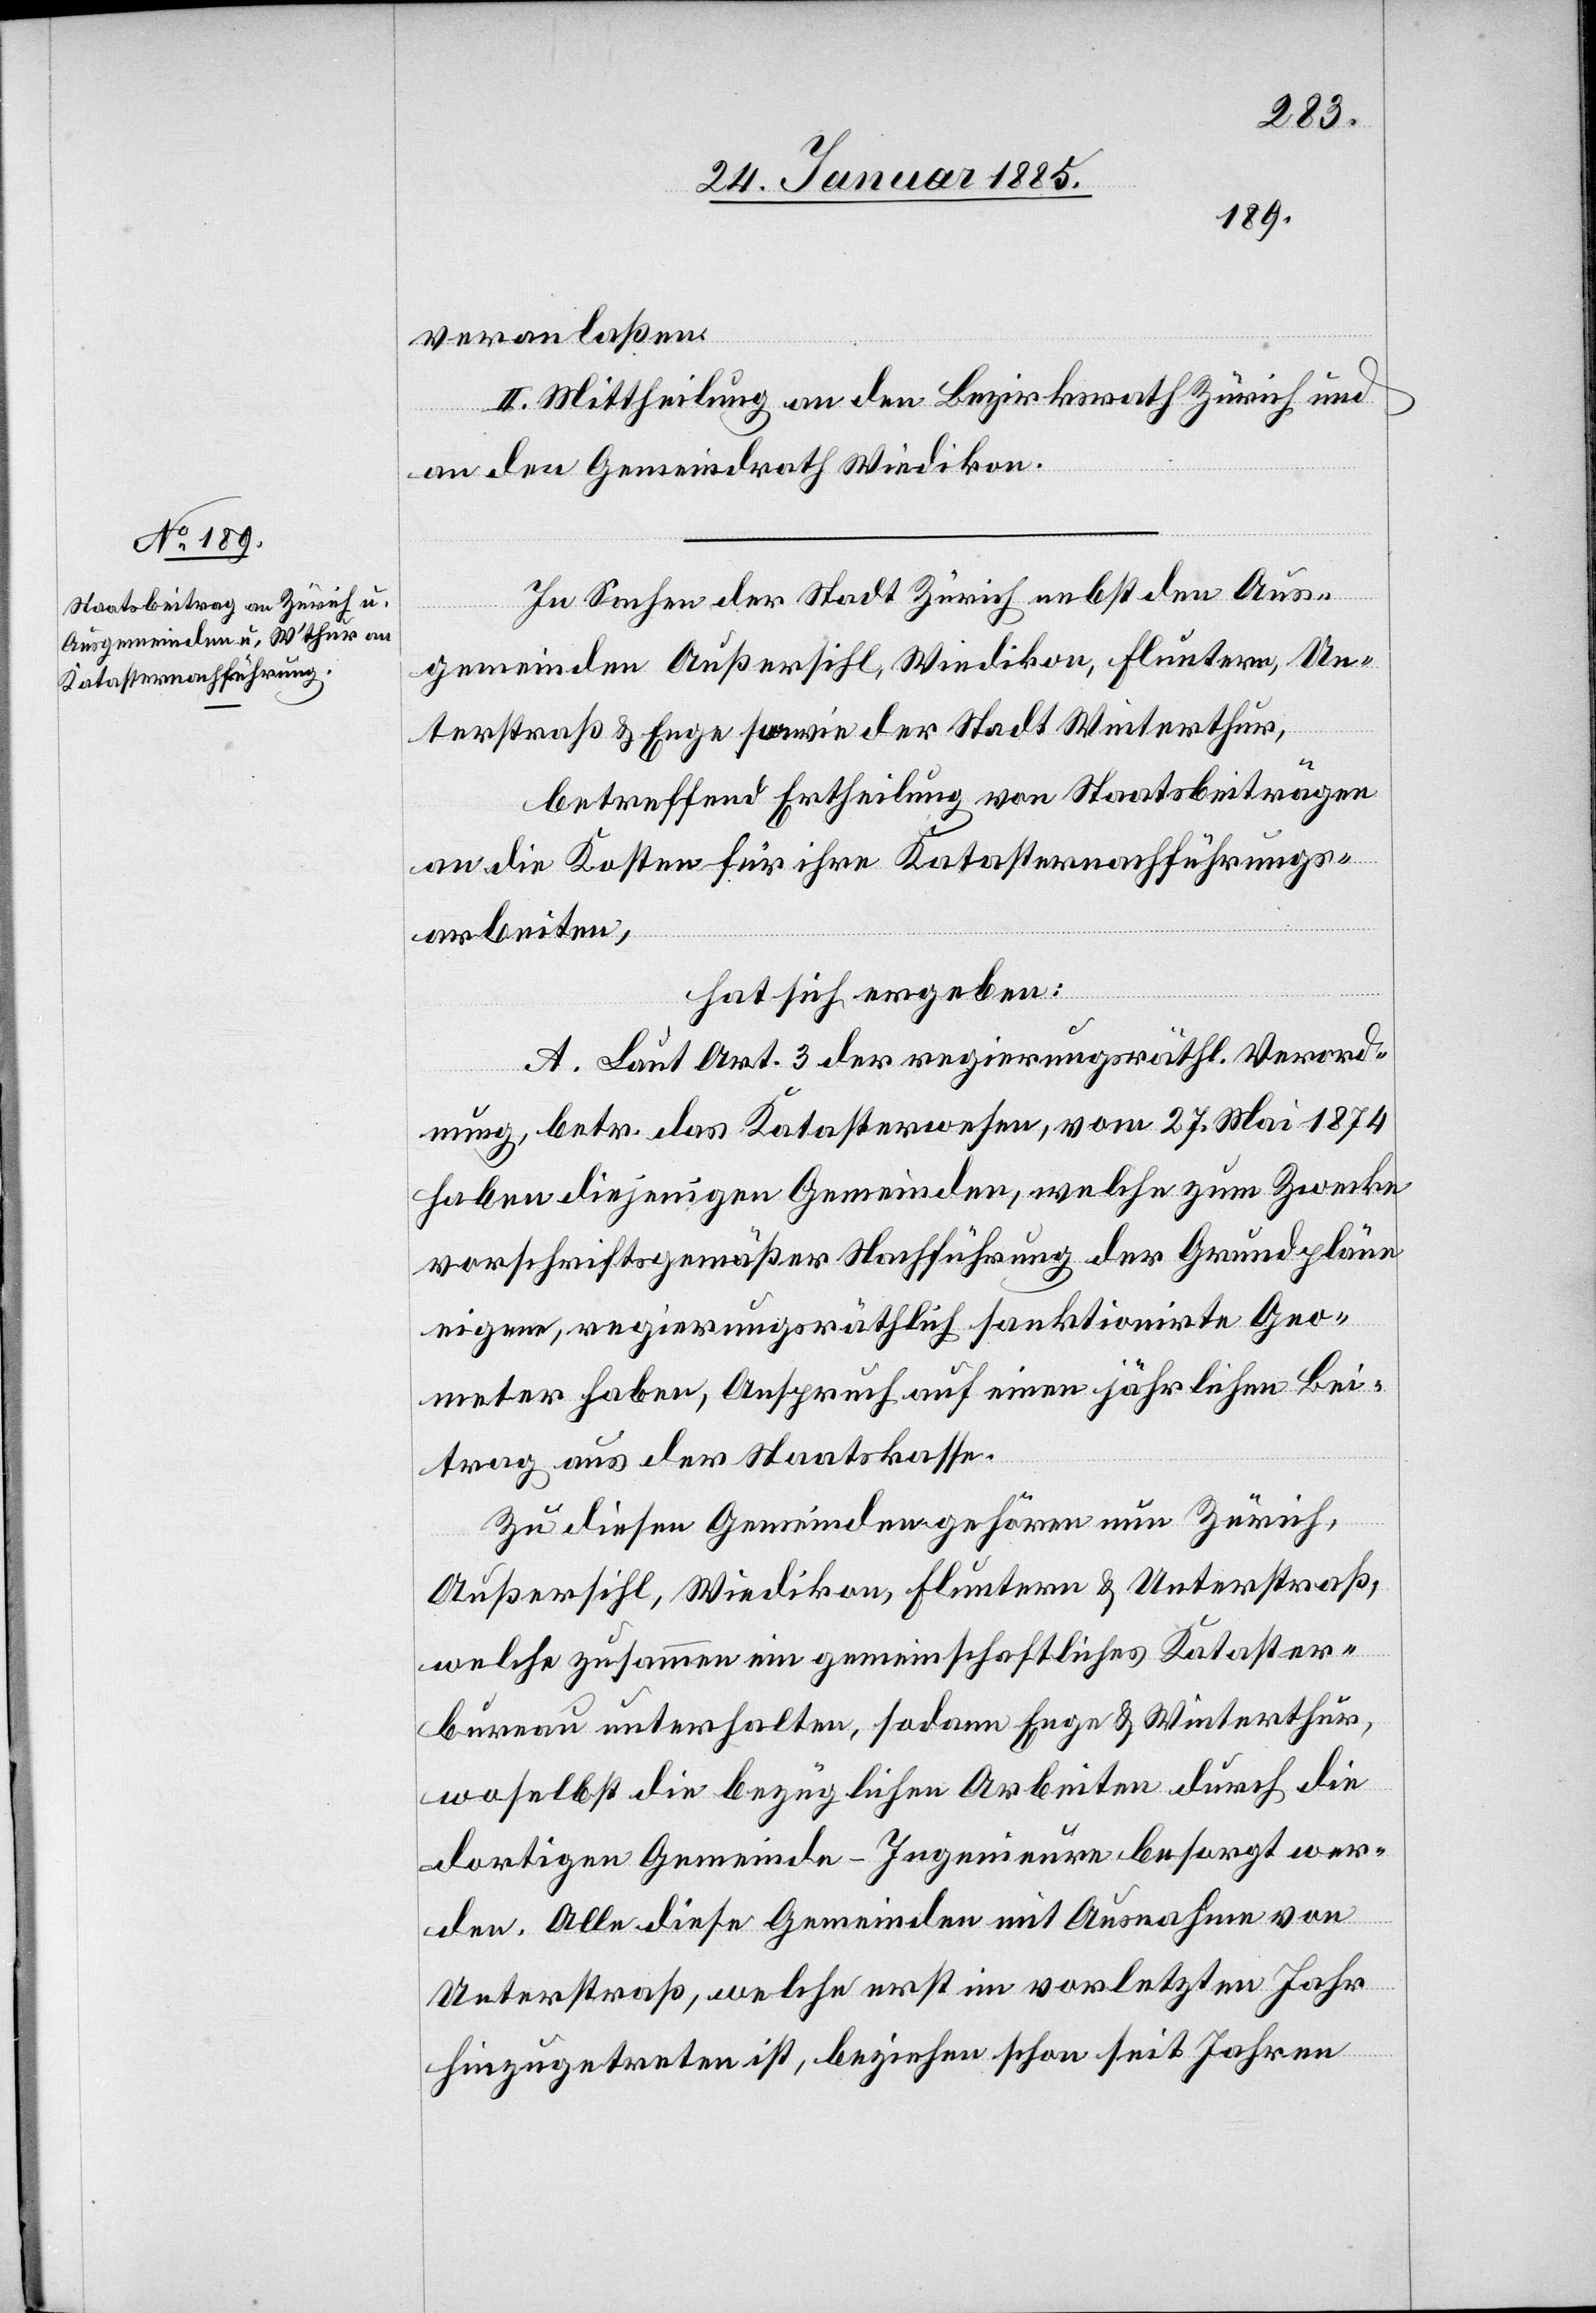
veranlaßen.
II. Mittheilung an den Bezirksrath Zürich und
an den Gemeindrath Wiedikon.